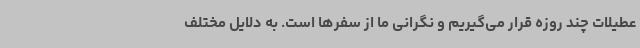
عطیلات چند روزه قرار می‌گیریم و نگرانی ما از سفرها است. به دلایل مختلف